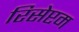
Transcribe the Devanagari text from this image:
रिसेप्टम